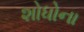
શોધોના